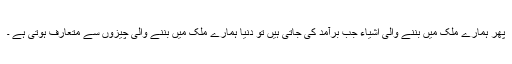
پھر ہمارے ملک میں بننے والی اشیاء جب برآمد کی جاتی ہیں تو دنیا ہمارے ملک میں بننے والی چیزوں سے متعارف ہوتی ہے ۔